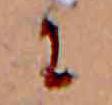
に